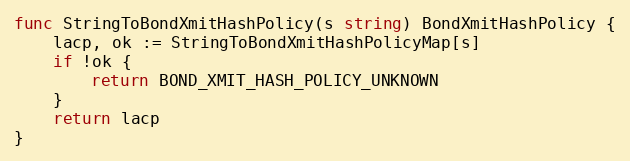
Language: Go
func StringToBondXmitHashPolicy(s string) BondXmitHashPolicy {
	lacp, ok := StringToBondXmitHashPolicyMap[s]
	if !ok {
		return BOND_XMIT_HASH_POLICY_UNKNOWN
	}
	return lacp
}